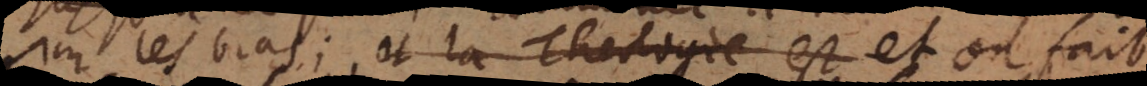
les bras; et la Theologie est et on fait